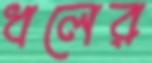
ধলের